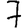
Digit: 7